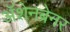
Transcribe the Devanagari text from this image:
ॲशेनब्रेनर